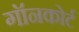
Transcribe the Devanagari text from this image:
गॉनकोर्ट